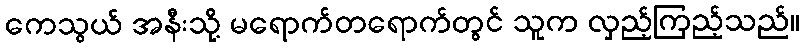
ကေသွယ် အနီးသို့ မရောက်တရောက်တွင် သူက လှည့်ကြည့်သည်။